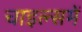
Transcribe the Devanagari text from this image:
चाइल्समें